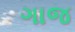
ગાજ